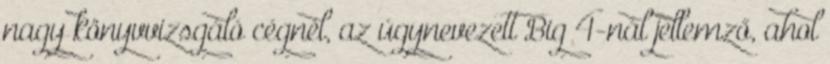
nagy könyvvizsgáló cégnél, az úgynevezett Big 4-nál jellemző, ahol